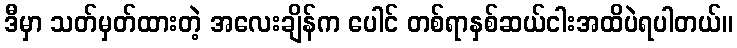
ဒီမှာ သတ်မှတ်ထားတဲ့ အလေးချိန်က ပေါင် တစ်ရာနှစ်ဆယ်ငါးအထိပဲရပါတယ်။